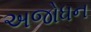
અજોધન